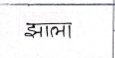
मजकूर: झाला